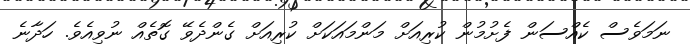
ނަމަވެސް ކެއްސަން ފެށުމުން ކުރިއަށް މަންމައަކަށް ކުރިއަށް ގެންދެވޭ ގޮތެއް ނުވިއެވެ. ހަދާނެ